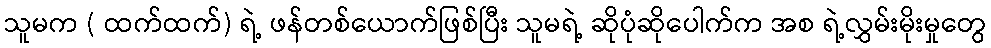
သူမက ( ထက်ထက်) ရဲ့ ဖန်တစ်ယောက်ဖြစ်ပြီး သူမရဲ့ ဆိုပုံဆိုပေါက်က အစ ရဲ့လွှမ်းမိုးမှုတွေ